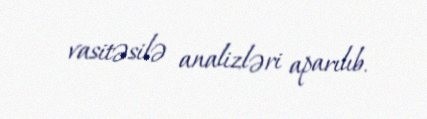
vasitəsilə analizləri aparılıb.